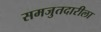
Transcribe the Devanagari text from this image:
समजुतदारीला